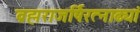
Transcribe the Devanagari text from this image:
ब्रह्मराजर्षिरत्नाढ्यां